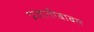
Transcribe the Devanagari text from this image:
प्रजातींबाबत